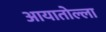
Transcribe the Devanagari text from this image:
आयातोल्ला